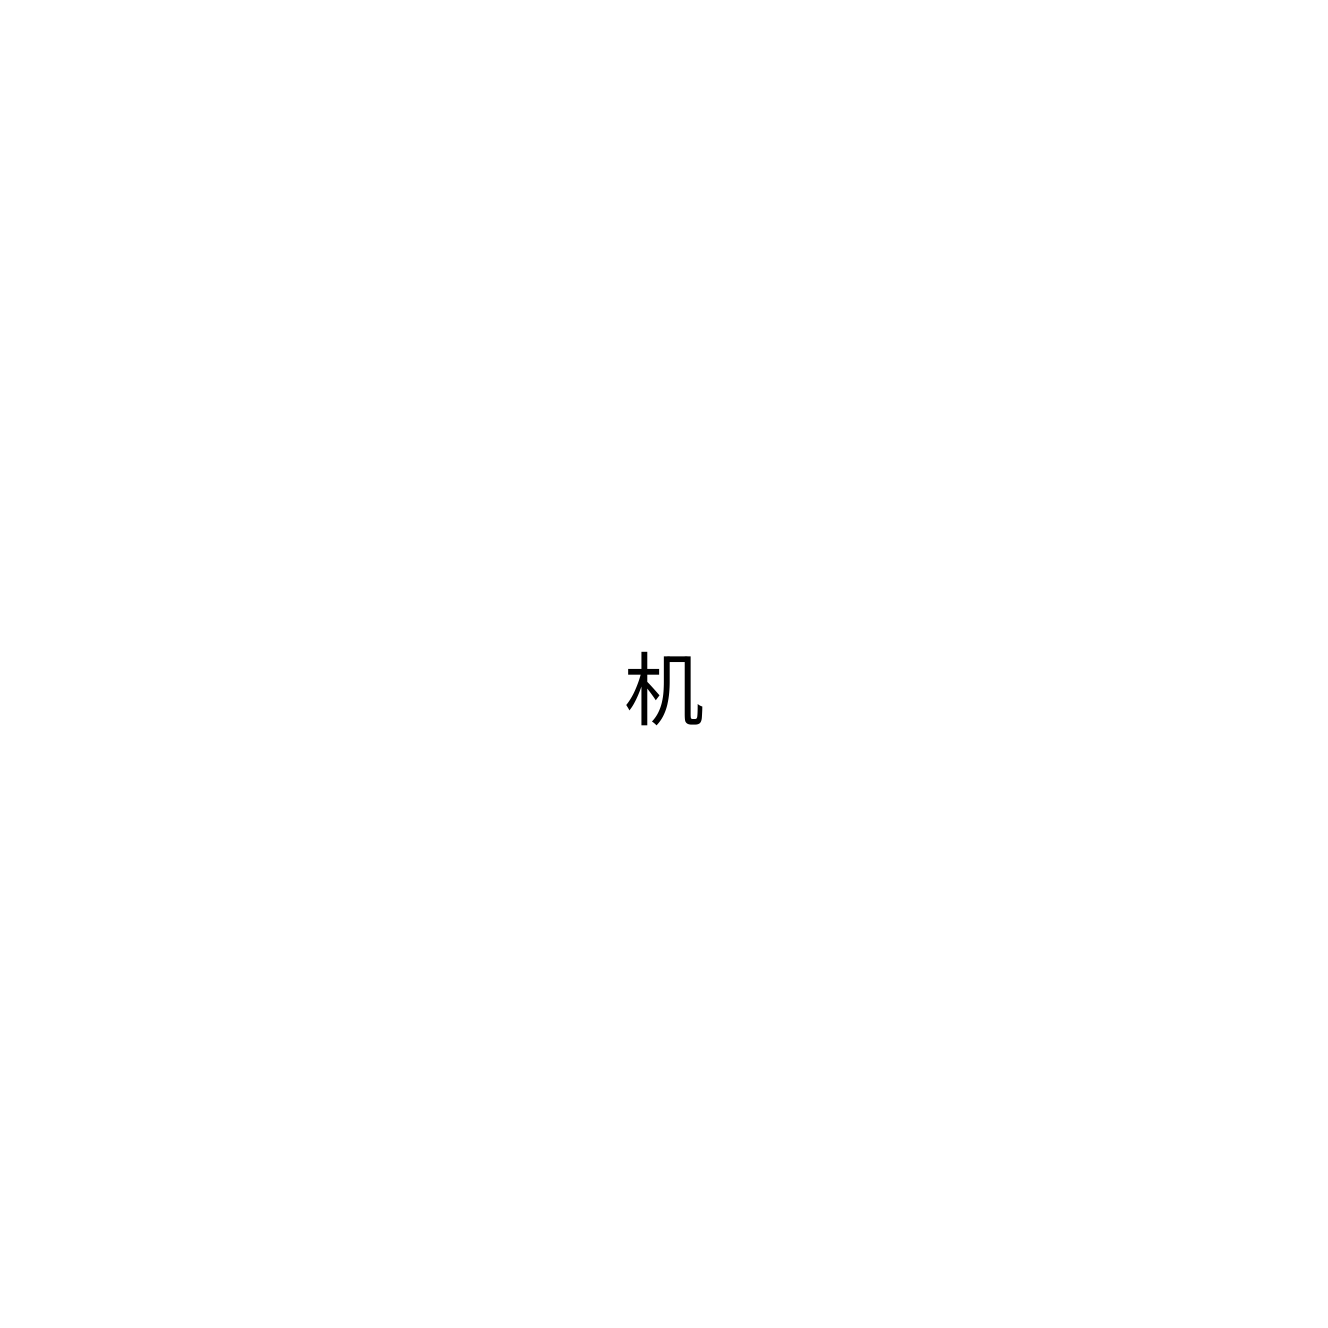
机